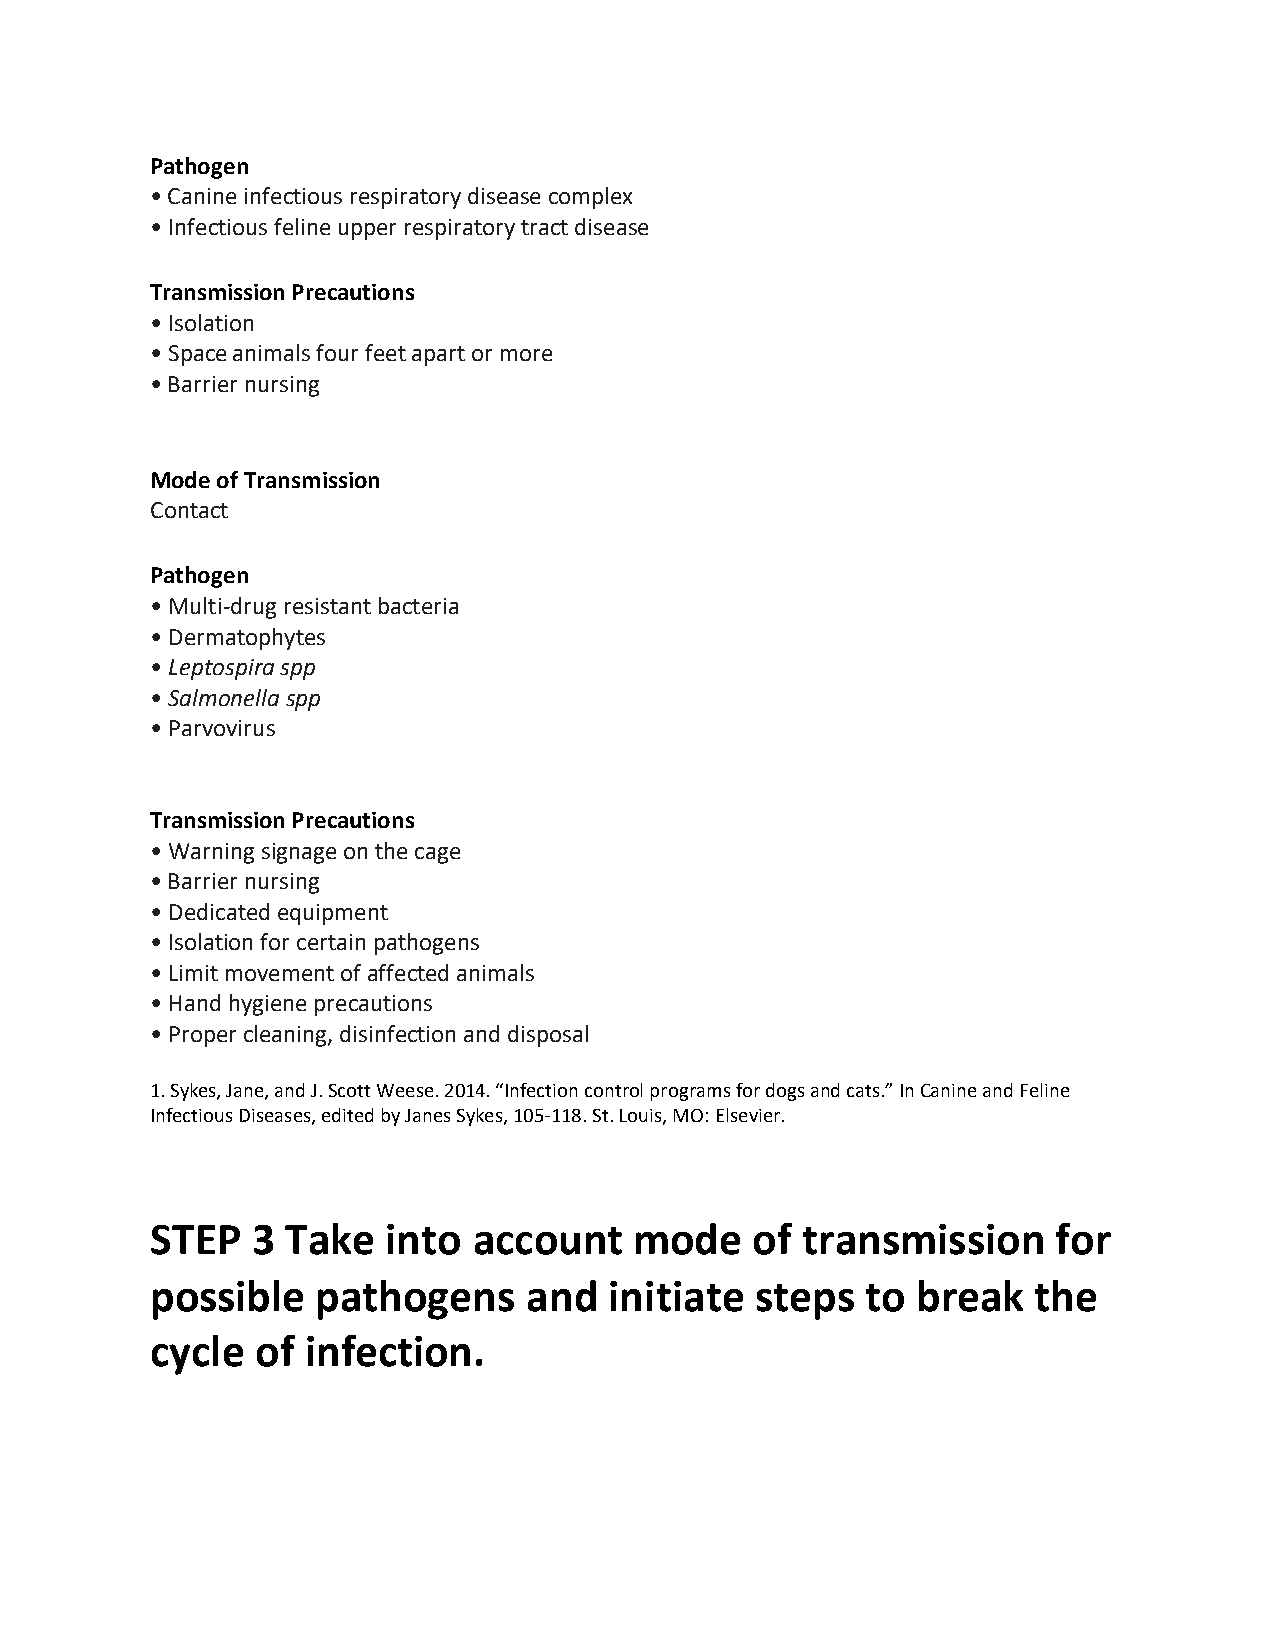
Pathogen
 • Canine infectious respiratory disease complex
 • Infectious feline upper respiratory tract disease
 Transmission Precautions
 • Isolation
 • Space animals four feet apart or more
 • Barrier nursing
 Mode of Transmission
 Contact
 Pathogen
 • Multi-drug resistant bacteria
 • Dermatophytes
 • Leptospira spp
 • Salmonella spp
 • Parvovirus
 Transmission Precautions
 • Warning signage on the cage
 • Barrier nursing
 • Dedicated equipment
 • Isolation for certain pathogens
 • Limit movement of affected animals
 • Hand hygiene precautions
 • Proper cleaning, disinfection and disposal
 1. Sykes, Jane, and J. Scott Weese. 2014. “Infection control programs for dogs and cats.” In Canine and Feline
 Infectious Diseases, edited by Janes Sykes, 105-118. St. Louis, MO: Elsevier.
 STEP   3 Take   into account    mode    of transmission     for
 possible   pathogens     and  initiate  steps  to  break  the
 cycle  of infection.